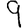
Digit: 9